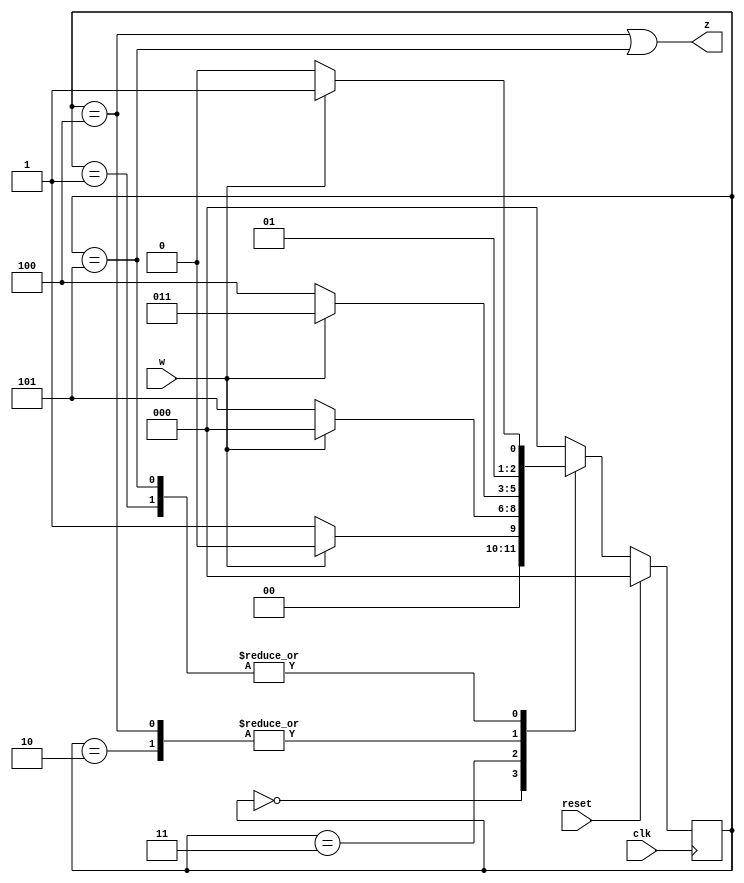
module top_module (
    input clk,
    input reset,     // synchronous reset
    input w,
    output z);

    parameter A=3'd0, B=3'd1, C=3'd2, D=3'd3, E=3'd4, F=3'd5;
    reg [2:0] state, next_state;

    // State transition logic (combinational)
	always @(*) begin
        case (state)
            A: next_state = w ? A:B;
            B: next_state = w ? D:C;
            C: next_state = w ? D:E;
            D: next_state = w ? A:F;
            E: next_state = w ? D:E;
            F: next_state = w ? D:C;
            default: next_state = A;
        endcase
    end
    
    // State flip-flops (sequential)
    always @(posedge clk) begin
        state <= (reset) ? A:next_state ;
    end
    
    // Output logic
    assign z = (state==E)|(state==F);
    
endmodule